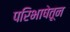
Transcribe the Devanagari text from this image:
परिभाषेतून